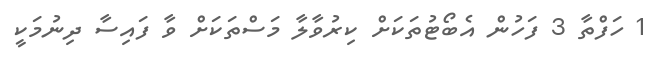
1 ހަފްތާ 3 ފަހުން އެބޯޓުތަކަށް ކިރުވާލާ މަސްތަކަށް ވާ ފައިސާ ދިނުމަކީ